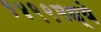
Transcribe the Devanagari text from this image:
१४९९मध्ये